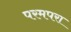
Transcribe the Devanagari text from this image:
परमपरा